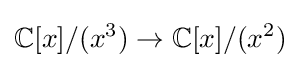
\mathbb {C} [x]/(x^{3})\to \mathbb {C} [x]/(x^{2})